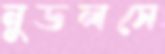
নুডলসে